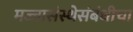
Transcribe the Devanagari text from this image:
मज्जासंस्थेसंबंधीचा